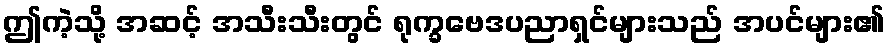
ဤကဲ့သို့ အဆင့် အသီးသီးတွင် ရုက္ခဗေဒပညာရှင်များသည် အပင်များ၏